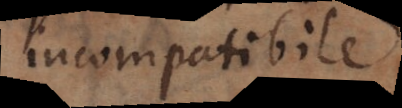
incompatibile